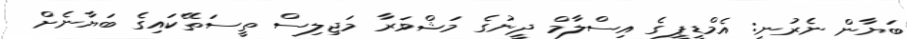
ބަޔާން ނެރުނީ: އެމްޑީޕީގެ އިސްލާމް ދީނުގެ މަޝްވަރާ މަޖިލިސް ތީސަތޭކައިގެ ބަޔާނެށް